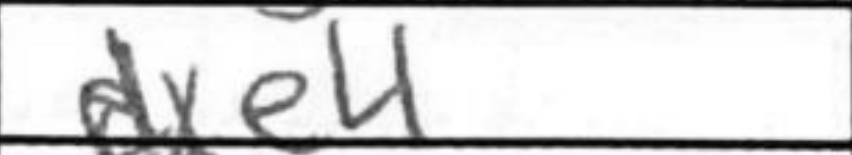
Transcription: dxe4